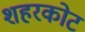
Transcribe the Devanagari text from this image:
शहरकोट